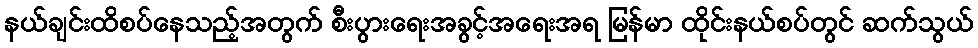
နယ်ချင်းထိစပ်နေသည့်အတွက် စီးပွားရေးအခွင့်အရေးအရ မြန်မာ ထိုင်းနယ်စပ်တွင် ဆက်သွယ်